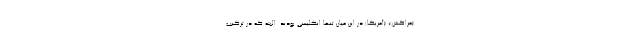
(مراکش)، (آمریکا) در این میان تنها انگلیسی بودند. البته که در ترکیب